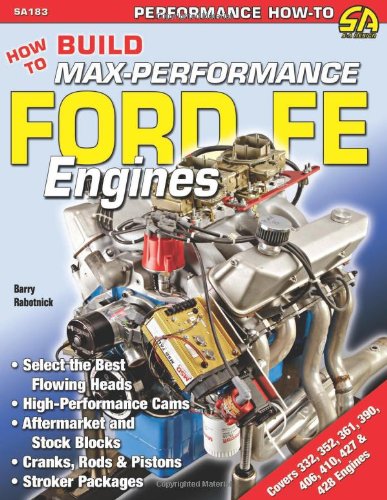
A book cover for How to Build Max-Performance Ford FE Engines (Performance How-To); Barry Robotnik; Engineering & Transportation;